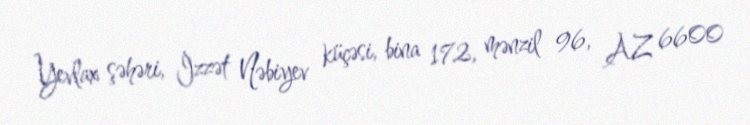
Yevlax şəhəri, İzzət Nəbiyev küçəsi, bina 172, mənzil 96, AZ 6600